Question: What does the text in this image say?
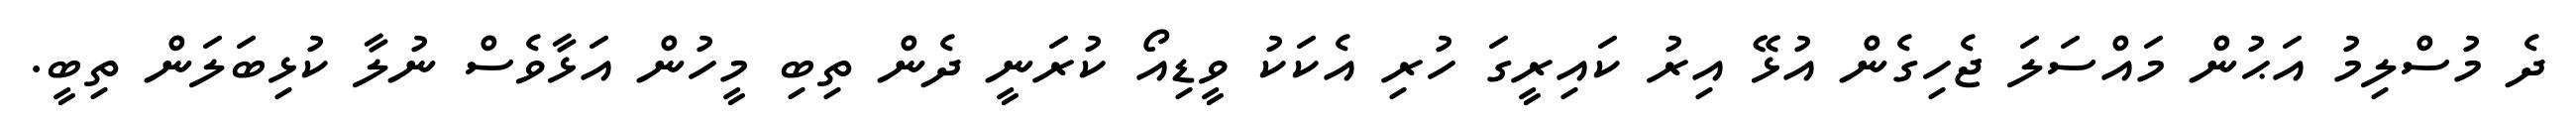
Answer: ދެ މުސްލިމު އަޙުން މައްސަލަ ޖެހިގެން އުޅޭ އިރު ކައިރީގަ ހުރި އެކަކު ވީޑިއޯ ކުރަނީ ދެން ތިބި މީހުން އަޅާވެސް ނުލާ ކުޅިބަލަން ތިބީ.